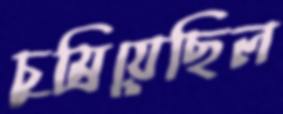
চুম্‌রিয়েছিল